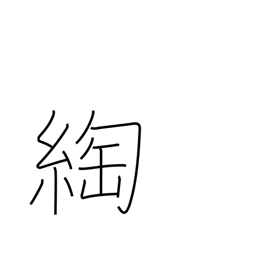
Meaning: twist